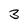
Character: 3